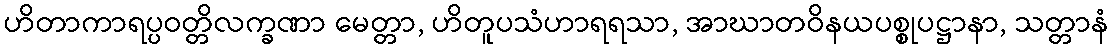
ဟိတာကာရပ္ပဝတ္တိလက္ခဏာ မေတ္တာ, ဟိတူပသံဟာရရသာ, အာဃာတဝိနယပစ္စုပဋ္ဌာနာ, သတ္တာနံ